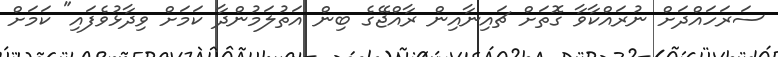
ސަރަހައްދަށް ނުރައްކާވާ ގޮތަށް ޗައިނާއިން ރާއްޖޭގެ ބިން އަތުލަމުންދާ ކަމަށް ވިދާޅުވެފައި" ކަމަށް